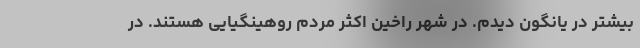
بیشتر در یانگون دیدم. در شهر راخین اکثر مردم روهینگیایی هستند. در